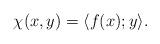
LaTeX: \begin{align*}\chi(x,y)={\langle f(x);y\rangle}.\end{align*}